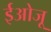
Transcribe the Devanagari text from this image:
ईओजू